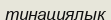
тинациялык